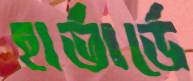
হার্ভার্ডে